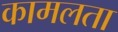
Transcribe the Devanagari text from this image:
कामलता